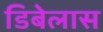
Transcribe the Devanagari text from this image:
डिबेलास